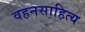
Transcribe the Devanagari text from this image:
वहनसाहित्य